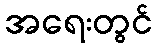
အရေးတွင်